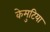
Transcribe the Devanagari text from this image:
केमुटिया